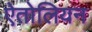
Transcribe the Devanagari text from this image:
ऐतोलियन